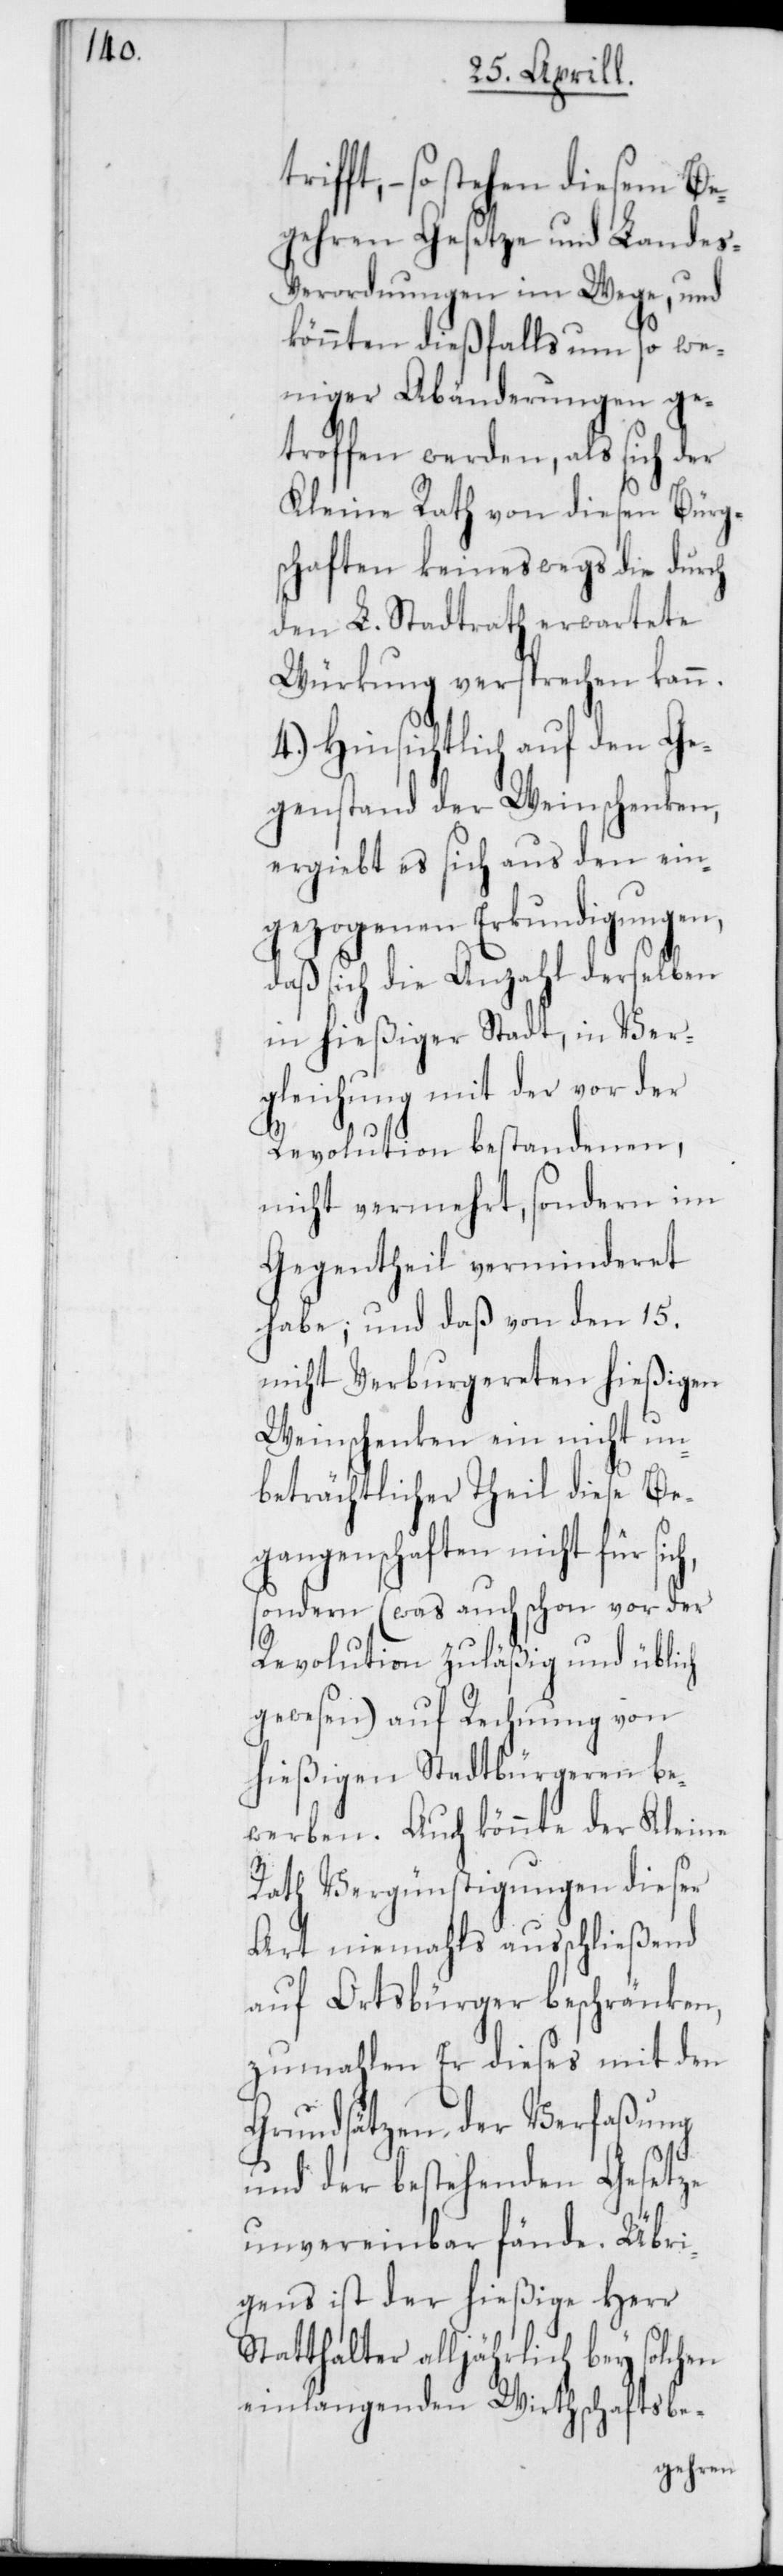
so stehen diesem Be¬
gehren Gesetze und Landes-V¬
erordnungen im Wege, und
könnten dießfalls um so we¬
niger Abänderungen ge¬
troffen werden, als sich der
Kleine Rath von diesen Bürg¬
schaften keineswegs die durch
den L. Stadtrath erwartete
Würkung versprechen kann.
4.) Hinsichtlich auf den Ge¬
genstand der Weinschenken,
ergibt es sich aus den ein¬
gezogenen Erkundigungen,
daß sich die Anzahl derselben
in hießiger Stadt, in Ver¬
gleichung mit der vor der
Revolution bestandenen,
nicht vermehrt, sondern im
Gegentheil verminderet
habe; und daß von den 15.
nicht Verburgereten hießigen
Weinschenken ein nicht un¬
beträchtlicher Theil diese Be¬
gangenschaften nicht für
sondern (was auch schon vor der
Revolution zuläßig und üblich
gewesen) auf Rechnung von
hießigen Stadtbürgeren be¬
werben. Auch könnte der Kleine
Rath Vergünstigungen dieser
Art niemahls ausschließend
auf Ortsbürger beschränken,
zumahlen Er dieses mit den
Grundsätzen der Verfaßung
und der bestehenden Gesetze
unvereinbar fände. Übri¬
gens ist der hießige Herr
Statthalter alljährlich bey solchen
einlangenden Wirtschaftsbe-